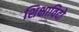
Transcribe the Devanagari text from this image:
शिक्षाविदो